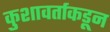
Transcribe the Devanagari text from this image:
कुशावर्ताकडून